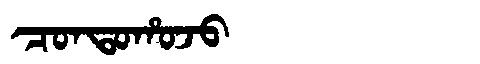
Manchu: ᠴᠣᠨᡨᠣᡥᠣᠵᠣ
Romanization: CONTOHOJO